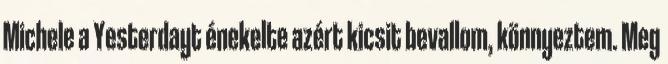
Michele a Yesterdayt énekelte azért kicsit bevallom, könnyeztem. Meg